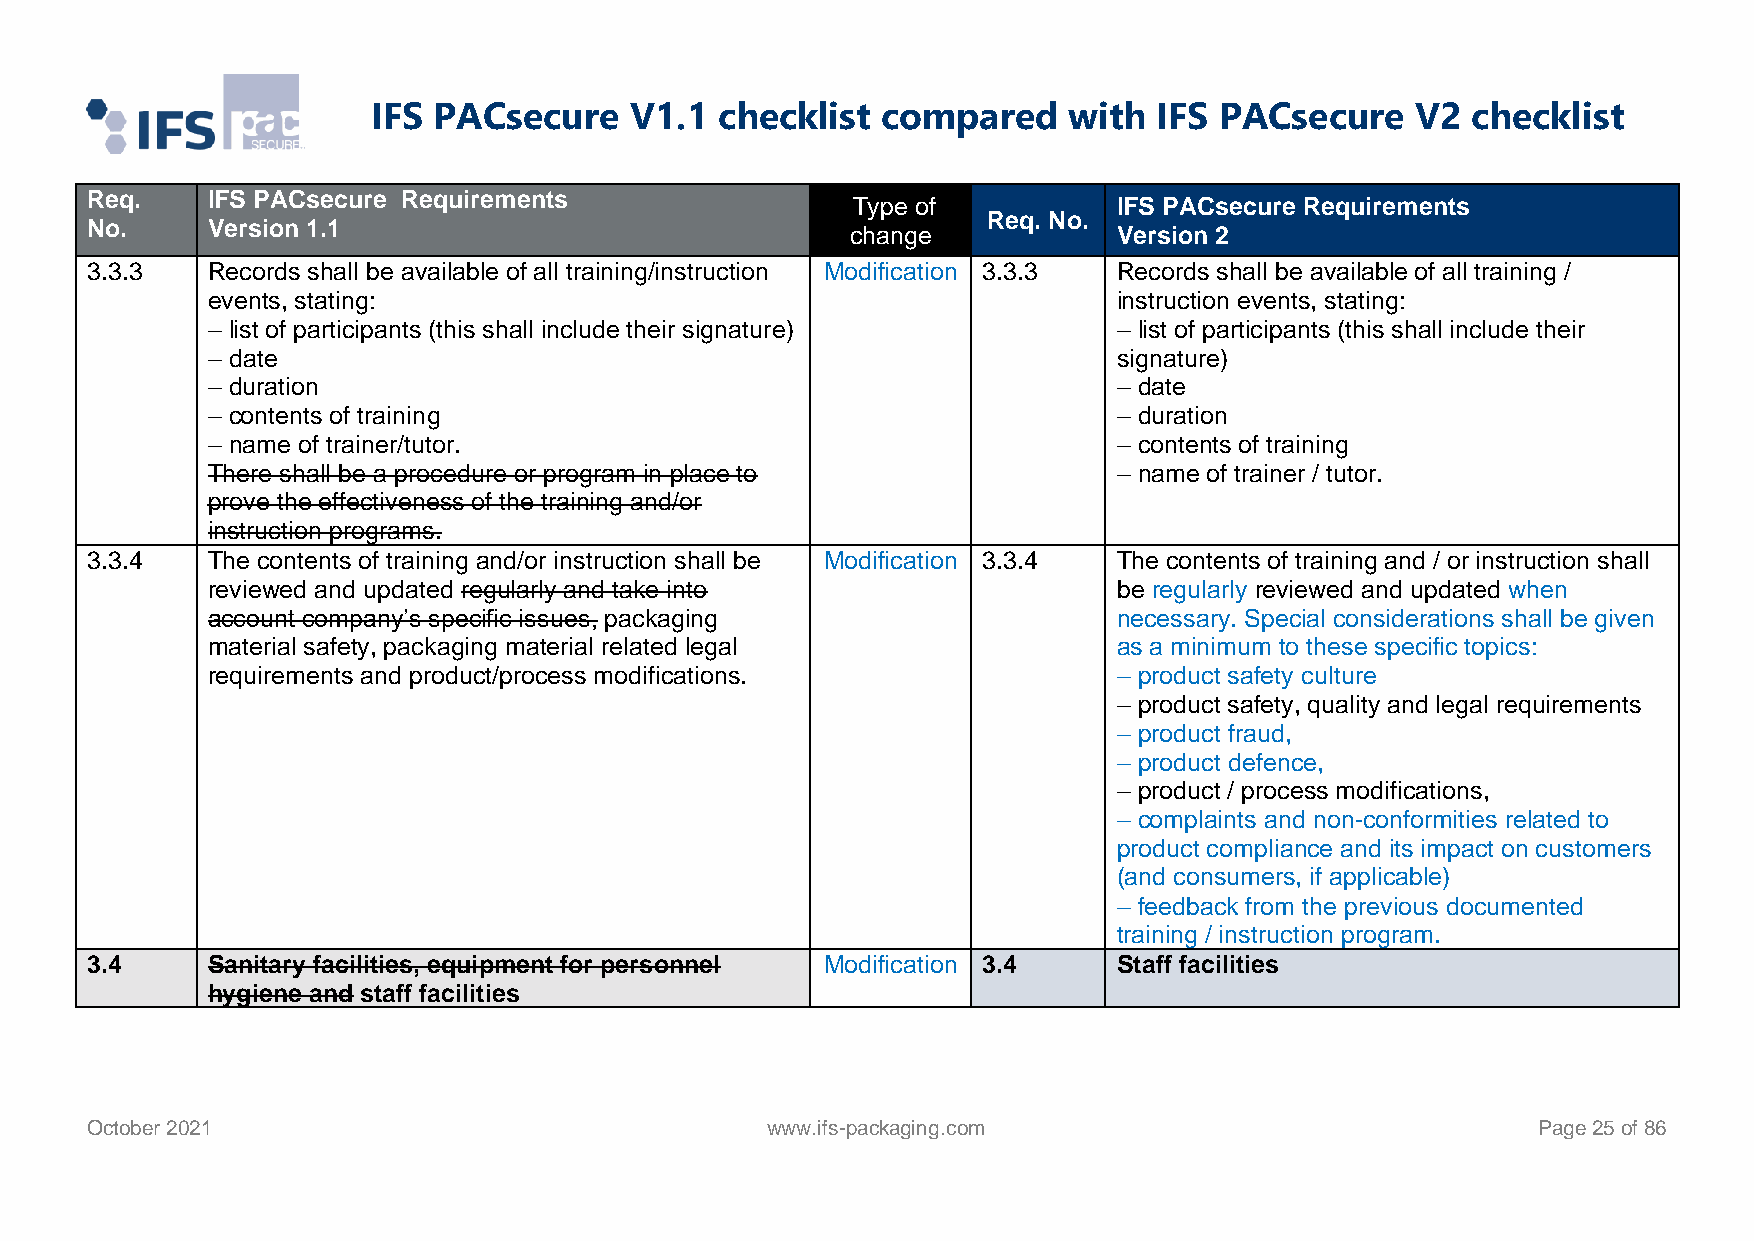
IFS PACsecure    V1.1  checklist compared     with  IFS PACsecure    V2 checklist
 Req.    IFS PACsecure Requirements
 Type of           IFS PACsecure Requirements
 Req. No.
 No.     Version 1.1                               change            Version 2
 3.3.3   Records shall be available of all training/instruction Modification 3.3.3 Records shall be available of all training /
 events, stating:                                            instruction events, stating:
 – list of participants (this shall include their signature) – list of participants (this shall include their
 – date                                                      signature)
 – duration                                                  – date
 – contents of training                                      – duration
 – name of trainer/tutor.                                    – contents of training
 There shall be a procedure or program in place to           – name of trainer / tutor.
 prove the effectiveness of the training and/or
 instruction programs.
 3.3.4   The contents of training and/or instruction shall be Modification 3.3.4 The contents of training and / or instruction shall
 reviewed and updated regularly and take into                be regularly reviewed and updated when
 account company’s specific issues, packaging                necessary. Special considerations shall be given
 material safety, packaging material related legal           as a minimum to these specific topics:
 requirements and product/process modifications.             – product safety culture
 – product safety, quality and legal requirements
 – product fraud,
 – product defence,
 – product / process modifications,
 – complaints and non-conformities related to
 product compliance and its impact on customers
 (and consumers, if applicable)
 – feedback from the previous documented
 training / instruction program.
 3.4     Sanitary facilities, equipment for personnel Modification 3.4 Staff facilities
 hygiene and staff facilities
 October 2021                                 www.ifs-packaging.com                              Page 25 of 86